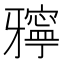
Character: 𤘓